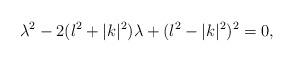
LaTeX: \begin{align*}\lambda^2 - 2(l^2+|k|^2)\lambda +(l^2-|k|^2)^2=0,\end{align*}